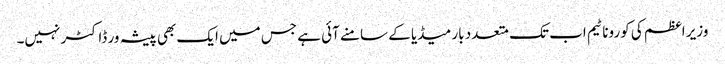
وزیر اعظم کی کورونا ٹیم اب تک متعدد بار میڈیا کے سامنے آئی ہے جس میں ایک بھی پیشہ ور ڈاکٹر نہیں۔